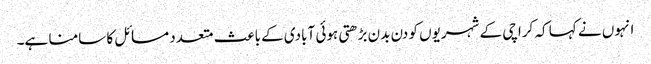
انہوں نے کہا کہ کراچی کے شہریوں کو دن بدن بڑھتی ہوئی آبادی کے باعث متعدد مسائل کا سامنا ہے۔